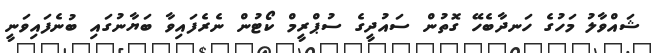
ޝައްވާލު މަހުގެ ހަނދާބެހޭ ގޮތުން ސައުދީގެ ސުޕްރީމް ކޯޓުން ނެރެފައިވާ ބަޔާނުގައި ބުނެފައިވަނީ